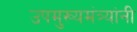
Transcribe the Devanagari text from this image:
उपमुख्यमंत्र्यांनी